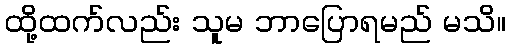
ထို့ထက်လည်း သူမ ဘာပြောရမည် မသိ။